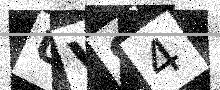
Text: UVS4